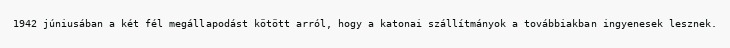
1942 júniusában a két fél megállapodást kötött arról, hogy a katonai szállítmányok a továbbiakban ingyenesek lesznek.